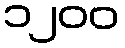
၁၂၀၀